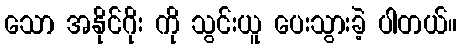
သော အနိုင်ဂိုး ကို သွင်းယူ ပေးသွားခဲ့ ပါတယ်။